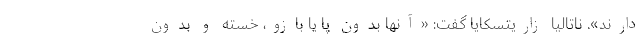
دارند». ناتالیا زاریتسکایا گفت: «آنها بدون پا یا بازو، خسته و بدون